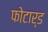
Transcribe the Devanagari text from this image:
फोटार्ड